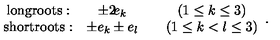
\begin{array} { c c c c } { \mathrm { l o n g r o o t s : } } & { \pm 2 \! e _ { k } } & { } & { ( 1 \leq k \leq 3 ) } \\ { \mathrm { s h o r t r o o t s : } } & { \pm e _ { k } \pm e _ { l } } & { } & { ( 1 \leq k < l \leq 3 ) } \\ \end{array} .